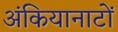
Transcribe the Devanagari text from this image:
अंकियानाटों